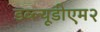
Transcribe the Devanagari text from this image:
डब्ल्यूडीएम२